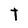
Character: t